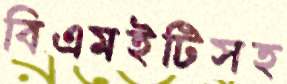
বিএমইটিসহ